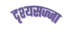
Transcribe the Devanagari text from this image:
दृश्यसज्जा